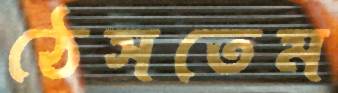
ঠেসতেম